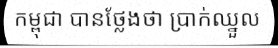
កម្ពុជា បានថ្លែងថា ប្រាក់ឈ្នួល